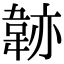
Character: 𩎭